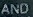
AND